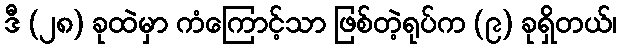
ဒီ (၂၈) ခုထဲမှာ ကံကြောင့်သာ ဖြစ်တဲ့ရုပ်က (၉) ခုရှိတယ်၊